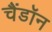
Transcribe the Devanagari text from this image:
चैंडॉन